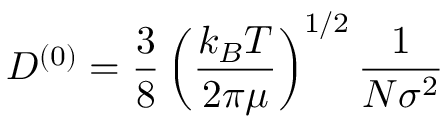
D ^ { ( 0 ) } = \frac { 3 } { 8 } \left( \frac { k _ { B } T } { 2 \pi \mu } \right) ^ { 1 / 2 } \frac { 1 } { N \sigma ^ { 2 } }